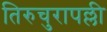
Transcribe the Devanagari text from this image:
तिरुचुरापल्ली